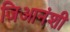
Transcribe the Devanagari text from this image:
जिआनंशी